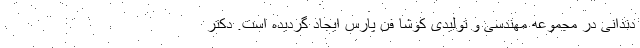
دندانی در مجموعه مهندسی و تولیدی کوشا فن پارس ایجاد گردیده است. دکتر